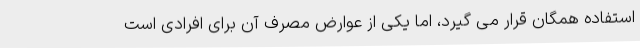
استفاده همگان قرار می گیرد، اما یکی از عوارض مصرف آن برای افرادی است